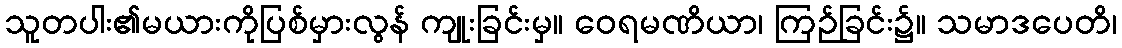
သူတပါး၏မယားကိုပြစ်မှားလွန် ကျုးခြင်းမှ။ ဝေရမဏိယာ၊ ကြဉ်ခြင်း၌။ သမာဒပေတိ၊